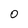
Character: 0